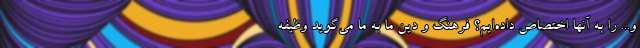
و... را به آنها اختصاص داده‌ایم؟ فرهنگ و دین ما به ما می‌گوید وظیفه